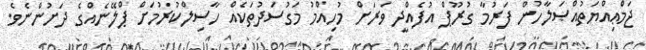
ޖަމްޢިއްޔަތުއްޞަލާހުން ފަރުމާ ގުރޫޕް އުފެއްދީ ވަރަށް މުހިއްމު މަގުސަދުތަކެއް ހާސިލްކުރުމަށް ޕްލޭނެއްގެ ދަށުންނެވެ.